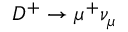
D ^ { + } \to \mu ^ { + } \nu _ { \mu }